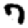
Digit: 7